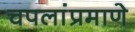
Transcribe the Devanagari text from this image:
चपलांप्रमाणे